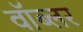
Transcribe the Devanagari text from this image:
वॉब्लर